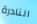
النادرة